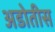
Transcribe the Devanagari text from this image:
अडोतीस